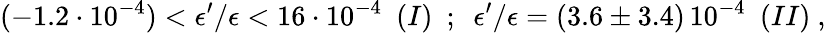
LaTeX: (-1.2\cdot 10^{-4})<\epsilon^{\prime}/\epsilon<16\cdot 10^{-4}\ \ (I)\ \ ;\ \ \epsilon^{\prime}/\epsilon=(3.6\pm 3.4)\, 10^{-4}\ \ (II)\ ,